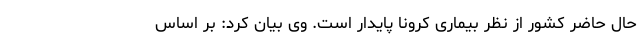
حال حاضر کشور از نظر بیماری کرونا پایدار است. وی بیان کرد: بر اساس